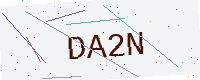
Text: DA2N